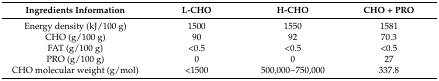
<table><thead><tr><td><b>Ingredients information</b></td><td><b>L-CHO</b></td><td><b>H-CHO</b></td><td><b>CHO + PRO</b></td></tr></thead><tbody><tr><td>Energy density (kJ/100 g)</td><td>1500</td><td>1550</td><td>1581</td></tr><tr><td>CHO (g/100 g)</td><td>90</td><td>92</td><td>70.3</td></tr><tr><td>FAT (g/100 g)</td><td>&lt;0.5</td><td>&lt;0.5</td><td>&lt;0.5</td></tr><tr><td>PRO (g/100 g)</td><td>0</td><td>0</td><td>27</td></tr><tr><td>CHO molecular weight (g/mol)</td><td>&lt;1500</td><td>500,000~750,000</td><td>337.8</td></tr></tbody></table>